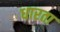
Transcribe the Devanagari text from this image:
धारता